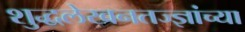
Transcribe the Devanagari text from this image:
शुद्धलेखनतज्ज्ञांच्या